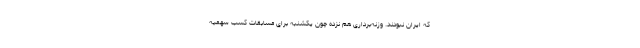
که ایران نبودند. وزنه‌برداری هم نزده چون یکشنبه برای مسابقات کسب سهمیه